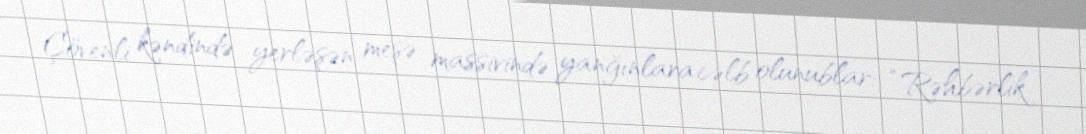
Çövenli kəndində yerləşən meşə massivində yanğınlara cəlb olunublar: “Rəhbərlik